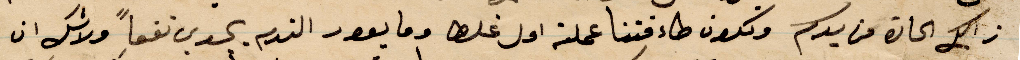
ذلك الحارة من يدكم وتكون طاءفتنا عملت اول غلط وما يعود الندم يجدي نفعًا ولا شك ان